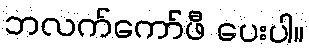
ဘလက်ကော်ဖီ ပေးပါ။